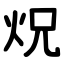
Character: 炾